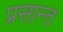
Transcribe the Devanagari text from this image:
प्रसान्त